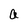
Character: a